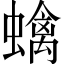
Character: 蠄